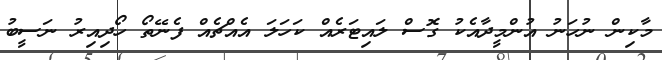
މާކިން ނުހަނު އުންމީދާއެކު ގޮސް ލައިޓަރެއް ކަހަލަ އެއްޗެއް ފެނޭތޯ ހޯދިއިރު ނަސީބު